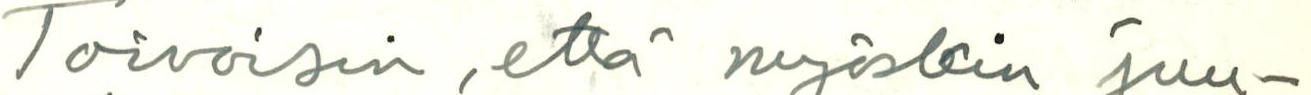
Toivoisin, että myöskin juu-